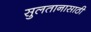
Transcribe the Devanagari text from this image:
सुलतानासाठी